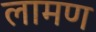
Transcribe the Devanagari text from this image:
लामण